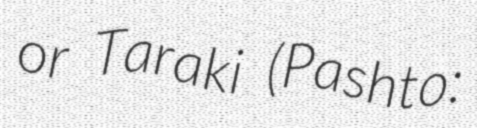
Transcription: or Taraki (Pashto: